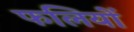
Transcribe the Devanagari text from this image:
फलियों